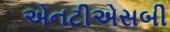
એનટીએસબી